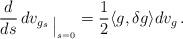
LaTeX: \begin{align*}\frac d{ds } \, dv_{g_s}\,_{\big {|}_{s =0}}=\frac 12\langle g,\delta g \rangle dv_g\, .\end{align*}